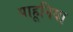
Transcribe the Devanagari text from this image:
पाहूनिया